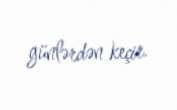
günlərdən keçir.